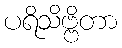
ပရိသိဗ္ဗိတာ